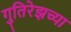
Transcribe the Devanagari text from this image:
गुतिरेझच्या